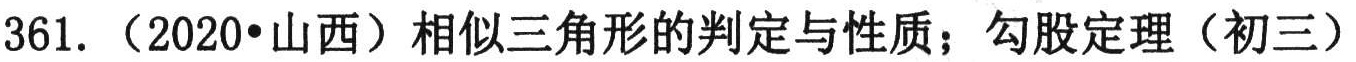
361.（2020•山西）相似三角形的判定与性质；勾股定理（初三）